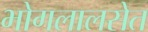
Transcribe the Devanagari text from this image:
भोगलालसेत